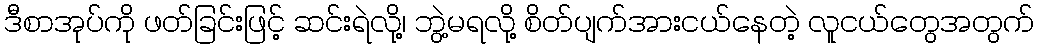
ဒီစာအုပ်ကို ဖတ်ခြင်းဖြင့် ဆင်းရဲလို့၊ ဘွဲ့မရလို့ စိတ်ပျက်အားငယ်နေတဲ့ လူငယ်တွေအတွက်